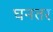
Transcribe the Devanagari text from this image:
घनतर